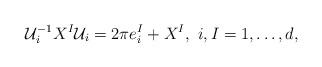
LaTeX: \begin{align*}{\cal U}_i^{-1} X^I {\cal U}_i = 2\pi e^I_i + X^I,~i,I= 1,\ldots,d,\end{align*}